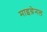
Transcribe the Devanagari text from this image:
माइग्रेनल